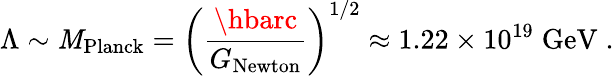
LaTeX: \Lambda\sim\mathit{M}_{\mathrm{{Planck}}}=\left(\frac{{\hbarc}}{{G_{\mathrm{{Newton}}}}}\right)^{1/2}\approx1.22\times10^{19}\mathrm{{\; GeV}}\; .